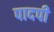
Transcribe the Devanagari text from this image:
पादपी